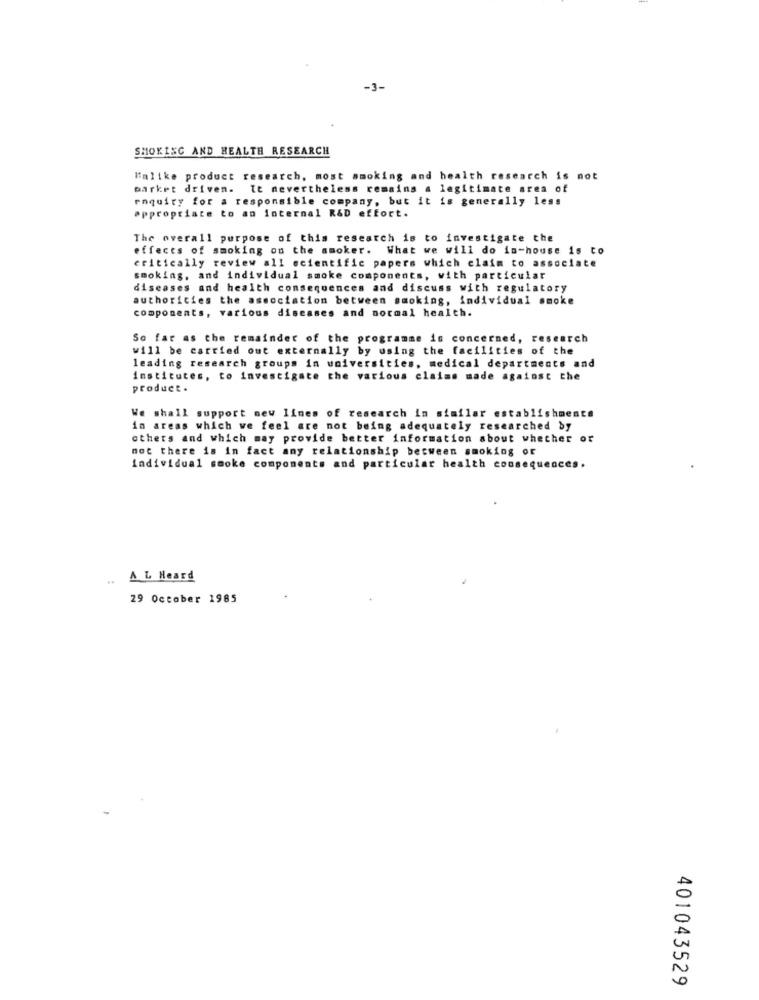
-3-
SMOKING AND HEALTH RESEARCH
Imlike product research, most smoking and health research is not
Garket driven. It nevertheless remains a legitimate area of
enquiry for a responsible company, but it is generally less
appropriate to an internal R&D effort.
The overall purpose of this research is to investigate the
effects of smoking on the smoker. What we will do in-house is to
critically review all scientific papers which claim to associate
smoking, and individual smoke components, with particular
diseases and health consequences and discuss with regulatory
authorities the association between smoking, individual smoke
components, various diseases and normal health.
So far as the remainder of the programme is concerned, research
will be carried out externally by using the facilities of the
leading research groups in universities, medical departments and
institutes, to investigate the various claims made against the
product.
We shall support new lines of research in similar establishments
in areas which we feel are not being adequately researched by
others and which may provide better information about whether or
not there is in fact any relationship between smoking or
Individual smoke components and particular health consequences.
A L Heard
29 October 1985
401043529